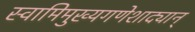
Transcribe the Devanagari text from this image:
स्वामिमुख्यगणेशाद्यान्